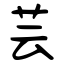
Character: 芸